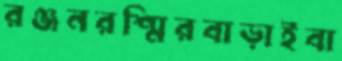
রঞ্জনরশ্মিরবাড়াইবা